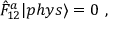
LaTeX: \displaystyle \hat { F } _ { 1 2 } ^ { a } | p h y s { \rangle } = 0 ~ ,